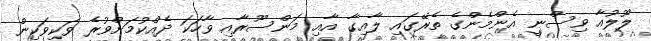
ލޫލުއާ ވިސްނީ އެންމެންގެ ތެރޭގައި ލާއިގާ އާއި މަންސޫރާއި ވާހަކަ ދެއްކުމަށްވުރެ ވަކިވަކިން